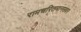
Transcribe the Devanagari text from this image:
रामचरितमानसवर